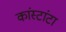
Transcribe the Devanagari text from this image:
कांस्टांटा